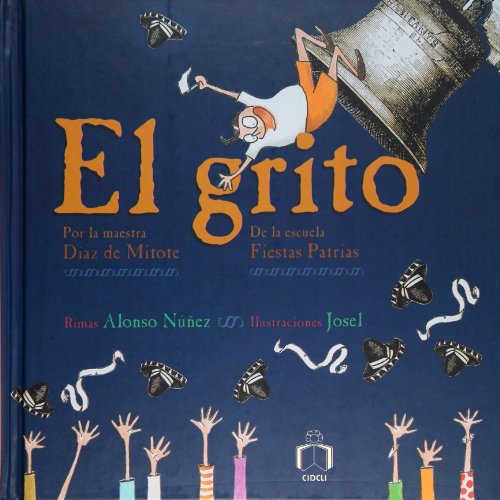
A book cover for El grito (La Saltapared / the Wall Jump) (Spanish Edition); Alonso Nunez; Children's Books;